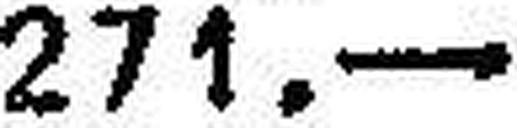
271.—